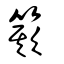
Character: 𥳽